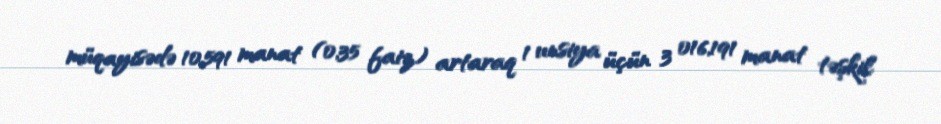
müqayisədə 10,591 manat (0,35 faiz) artaraq 1 unsiya üçün 3 016,191 manat təşkil